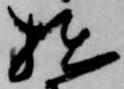
拙